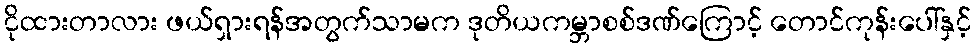
ငိုထားတာလား ဖယ်ရှားရန်အတွက်သာမက ဒုတိယကမ္ဘာစစ်ဒဏ်ကြောင့် တောင်ကုန်းပေါ်နှင့်